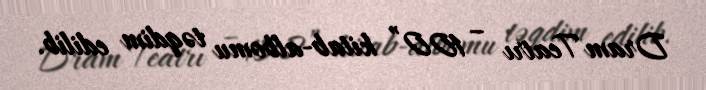
Dram Teatrı – 100” kitab-albomu təqdim edilib.